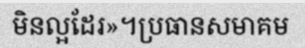
មិនល្អដែរ»។ប្រធានសមាគម